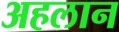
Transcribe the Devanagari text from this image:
अहलान